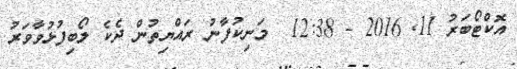
އޮކްޓޯބަރު 11